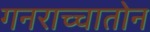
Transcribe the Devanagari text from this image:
गनराच्चातोन